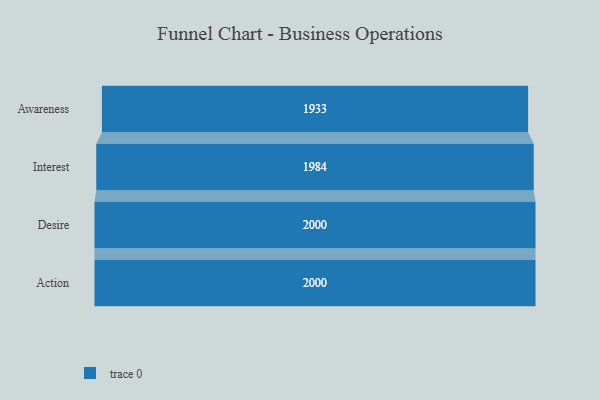
{"axis": {"x": "Stage", "y": "Value"}, "legend": [""], "data": [{"x": "Awareness", "y": 1933.0, "type": ""}, {"x": "Interest", "y": 1984.0, "type": ""}, {"x": "Desire", "y": 2000, "type": ""}, {"x": "Action", "y": 2000, "type": ""}]}